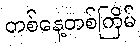
တစ်နေ့တစ်ကြိမ်